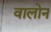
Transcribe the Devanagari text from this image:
वालोन